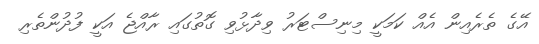
އޭގެ ތެރެއިން އެއް ކަމަކީ މިނިސްޓަރު ވިދާޅުވި ގޮތުގައި ރާއްޖެ އަކީ ފުދުންތެރި